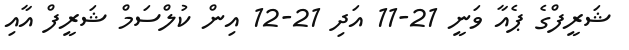
ޝަރީފްގެ ޕެއާ ވަނީ 21-11 އަދި 21-12 އިން ކުލްސަމް ޝަރީފް އާއި